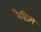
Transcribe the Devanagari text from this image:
बैप्टिज्म